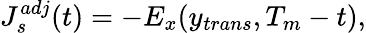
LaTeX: J_{s}^{adj}(t)=-E_{x}(y_{trans},T_{m}-t),